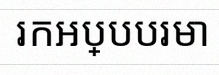
រកអប្បបរមា